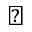
\backepsilon